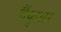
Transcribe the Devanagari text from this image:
बैंकुअर